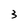
Character: 3